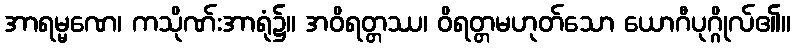
အာရမ္မဏေ၊ ကသိုဏ်းအာရုံ၌။ အဝိရတ္တဿ၊ ဝိရတ္တမဟုတ်သော ယောဂီပုဂ္ဂိုလ်၏။